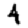
Digit: 4